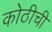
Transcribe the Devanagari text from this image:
कोठीची